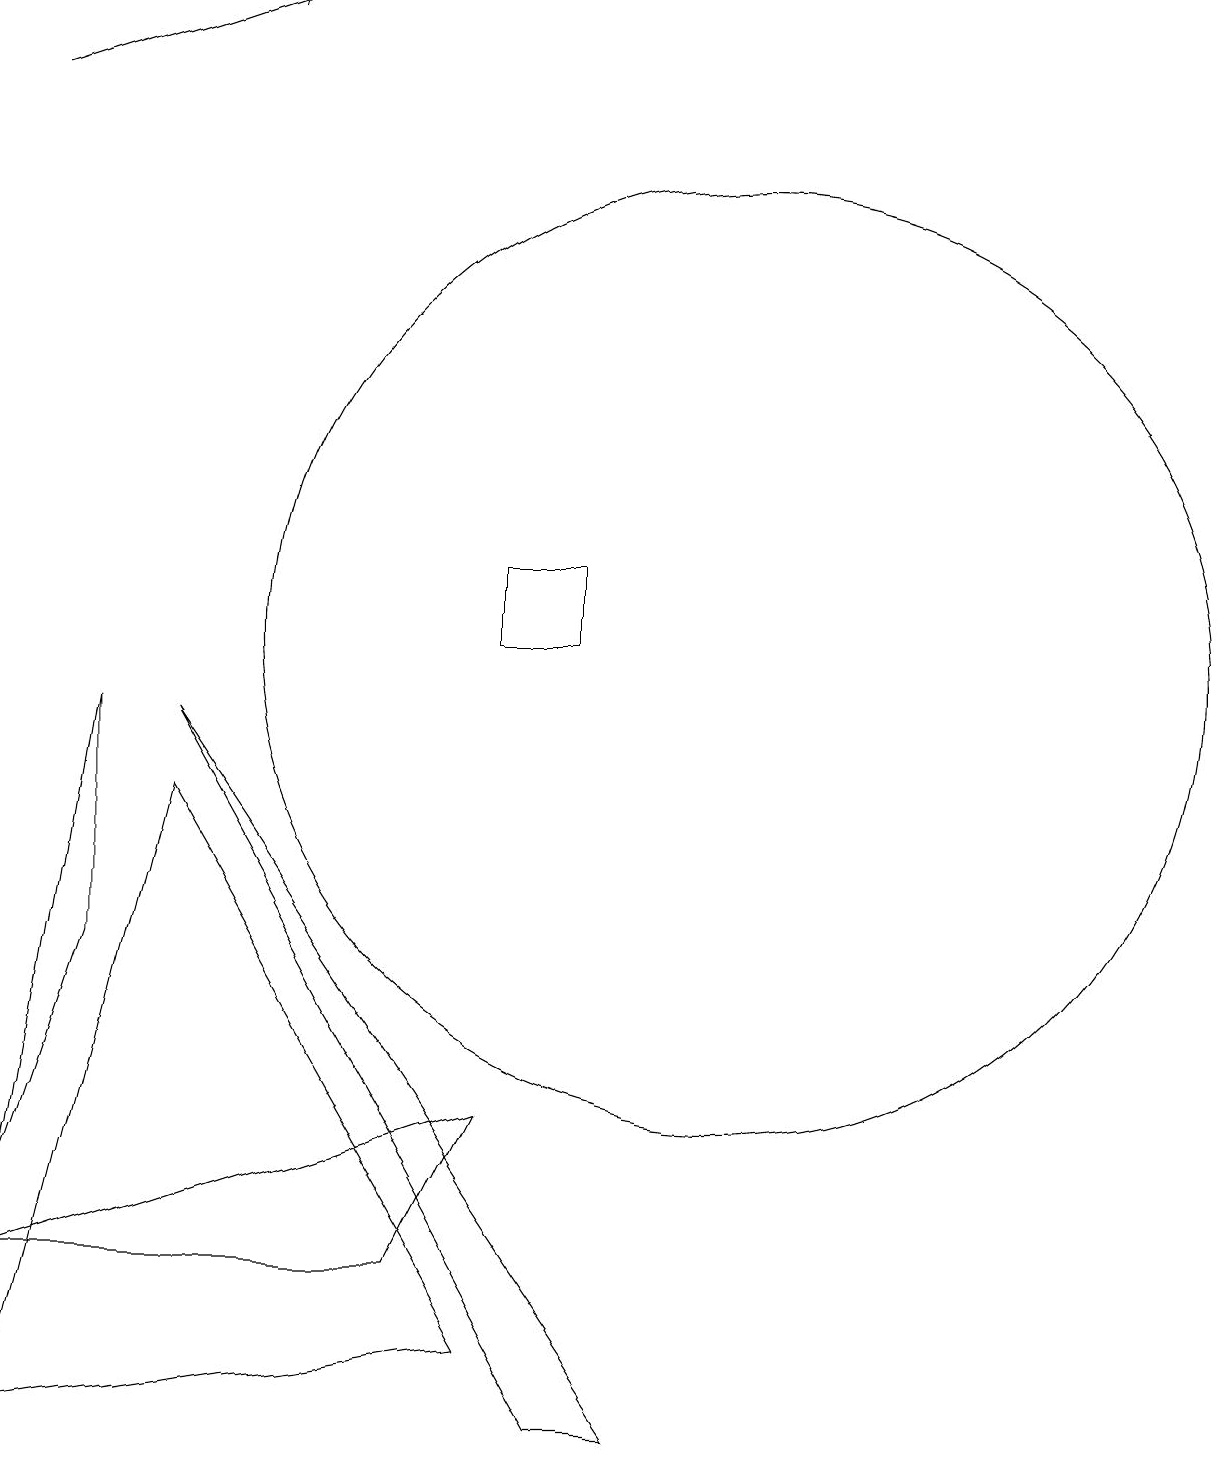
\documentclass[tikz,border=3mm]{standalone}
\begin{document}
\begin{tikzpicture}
\draw[->] (1,17) -- (4,18);
\draw (10,10) circle (6);
\draw (7,4) -- (1,2) -- (6,2) -- cycle;
\draw (1,3) -- (2,9) -- (2,6) -- cycle;
\draw (3,8) -- (1,0) -- (7,1) -- cycle;
\draw (8,11) rectangle (7,10);
\draw (9,0) -- (8,0) -- (3,9) -- cycle;
\draw (11,10) circle (0);
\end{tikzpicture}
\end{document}